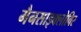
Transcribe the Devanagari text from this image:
गैनसाइक्लोविर